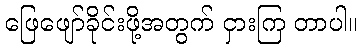
ဖြေဖျော်ခိုင်းဖို့အတွက် ငှားကြ တာပါ။